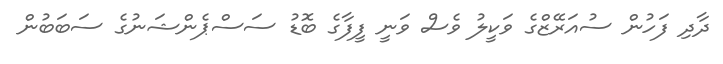
ދާދި ފަހުން ސުއަރޭޒްގެ ވަކީލު ވެސް ވަނީ ފީފާގެ ބޮޑު ސަސްޕެންޝަނުގެ ސަބަބުން